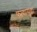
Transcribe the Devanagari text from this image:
फांद्यासुद्धा